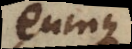
eumque